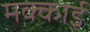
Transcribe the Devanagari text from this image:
मक्काई